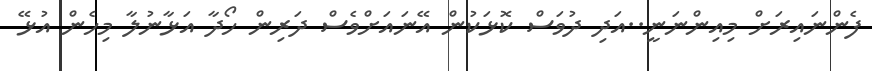
ފެންނައިރަށް މިއިންނަނީ..އަދި ދުވަސް ކޮޅަކުން އޭނައަށްވެސް ދަރިން ހޯދާ އަޅާނުލާ މިހެން އުޅޭ